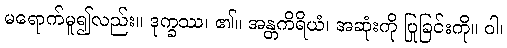
မရောက်မူ၍လည်း။ ဒုက္ခဿ၊ ၏။ အန္တကိရိယံ၊ အဆုံးကို ပြုခြင်းကို။ ဝါ၊